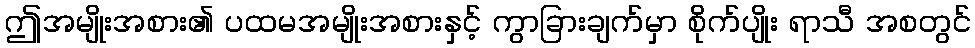
ဤအမျိုးအစား၏ ပထမအမျိုးအစားနှင့် ကွာခြားချက်မှာ စိုက်ပျိုး ရာသီ အစတွင်